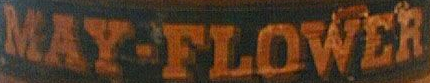
MAY-FLOWER